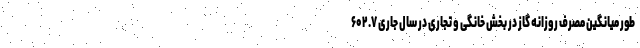
طور میانگین مصرف روزانه گاز در بخش خانگی و تجاری در سال جاری ۶۰۲.۷